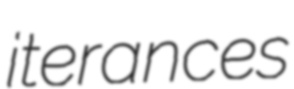
iterances